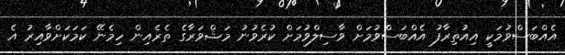
އެއްބަސްވުމަކީ އިއުތިރާފު އެއްބަސްވުމަށް ވާސިލްވުމަށް ކުރެވުނު މަޝްވަރާގެ ތެރެއިން ހިމެނޭ ކަމަކަށްވާއިރު އެ